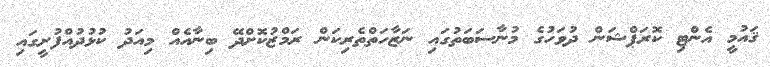
ޤައުމީ އެންޓި ކޮރަޕްޝަން ދުވަހުގެ މުނާސަބަތުގައި ނަޒާހަތްތެރިކަން ރަމްޒުކޮށްދޭ ބިނާއެއް މިއަދު ކުޅުދުއްފުށީގައި